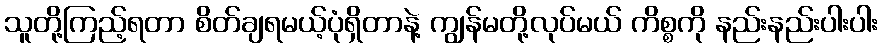
သူတို့ကြည့်ရတာ စိတ်ချရမယ့်ပုံရှိတာနဲ့ ကျွန်မတို့လုပ်မယ် ကိစ္စကို နည်းနည်းပါးပါး